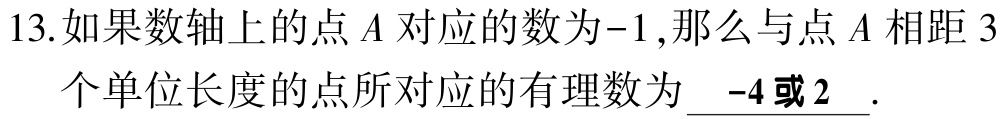
13.如果数轴上的点\(A\)对应的数为\(-1\),那么与点\(A\)相距\(3\)个单位长度的点所对应的有理数为\(\underline{\ -4或2\ }\).